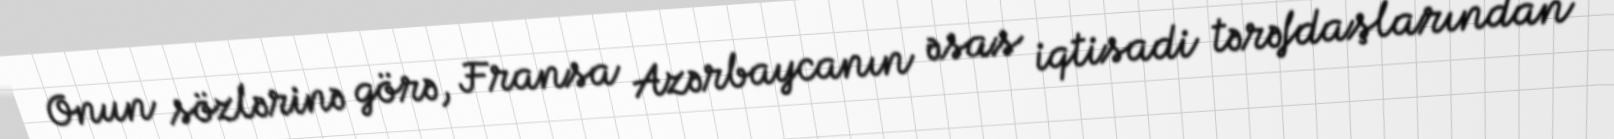
Onun sözlərinə görə, Fransa Azərbaycanın əsas iqtisadi tərəfdaşlarından